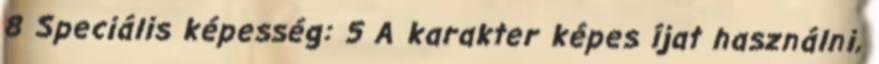
8 Speciális képesség: 5 A karakter képes íjat használni,